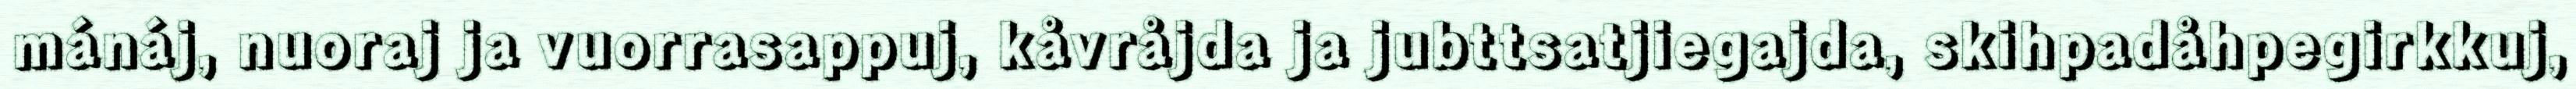
mánáj, nuoraj ja vuorrasappuj, kåvråjda ja jubttsatjiegajda, skihpadåhpegirkkuj,